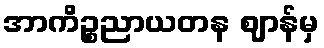
အာကိဉ္စညာယတန ဈာန်မှ